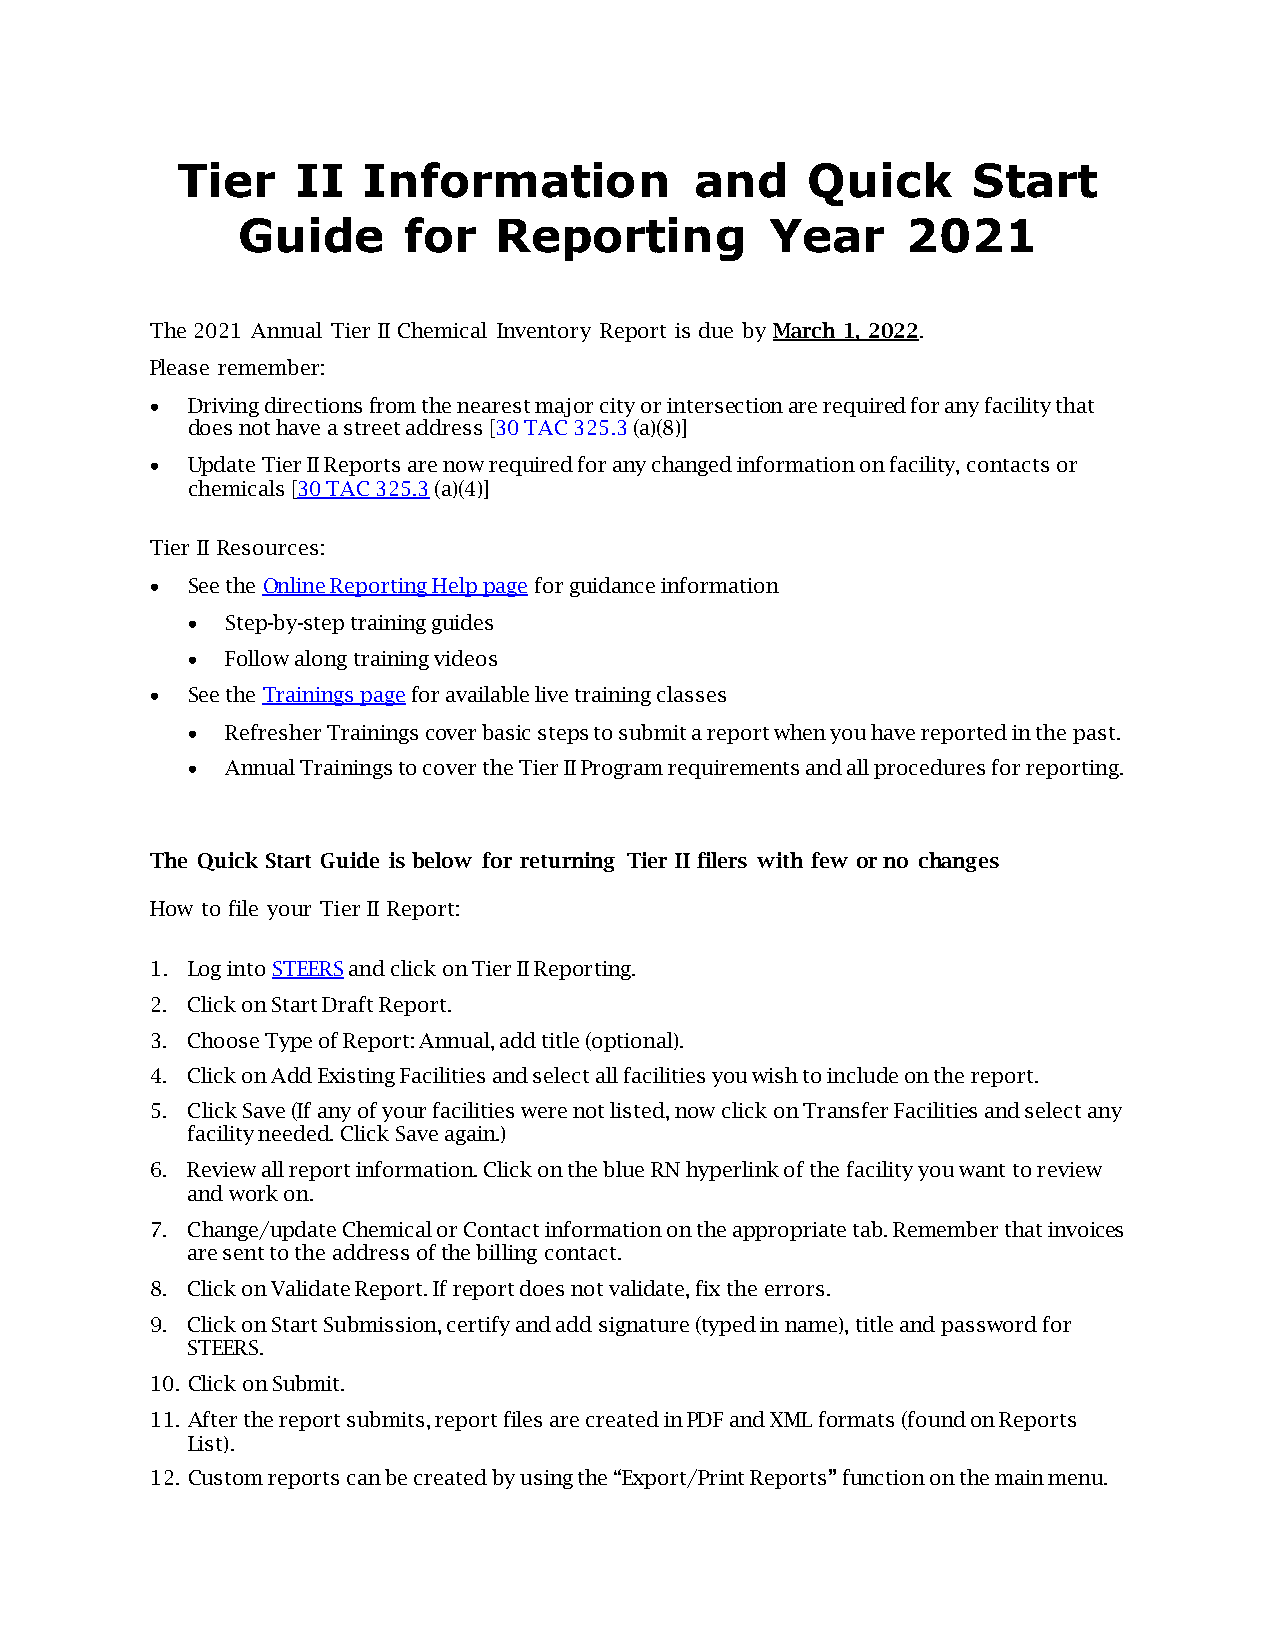
Tier    II  Information           and    Quick      Start
 Guide      for   Reporting         Year     2021
 The 2021 Annual Tier II Chemical Inventory Report is due by March 1, 2022.
 Please remember:
 • Driving directions from the nearest major city or intersection are required for any facility that
 does not have a street address [30 TAC 325.3 (a)(8)]
 • Update Tier II Reports are now required for any changed information on facility, contacts or
 chemicals [30 TAC 325.3 (a)(4)]
 Tier II Resources:
 • See the Online Reporting Help page for guidance information
 •  Step-by-step training guides
 •  Follow along training videos
 • See the Trainings page for available live training classes
 •  Refresher Trainings cover basic steps to submit a report when you have reported in the past.
 •  Annual Trainings to cover the Tier II Program requirements and all procedures for reporting.
 The Quick Start Guide is below for returning Tier II filers with few or no changes
 How to file your Tier II Report:
 1. Log into STEERS and click on Tier II Reporting.
 2. Click on Start Draft Report.
 3. Choose Type of Report: Annual, add title (optional).
 4. Click on Add Existing Facilities and select all facilities you wish to include on the report.
 5. Click Save (If any of your facilities were not listed, now click on Transfer Facilities and select any
 facility needed. Click Save again.)
 6. Review all report information. Click on the blue RN hyperlink of the facility you want to review
 and work on.
 7. Change/update Chemical or Contact information on the appropriate tab. Remember that invoices
 are sent to the address of the billing contact.
 8. Click on Validate Report. If report does not validate, fix the errors.
 9. Click on Start Submission, certify and add signature (typed in name), title and password for
 STEERS.
 10. Click on Submit.
 11. After the report submits, report files are created in PDF and XML formats (found on Reports
 List).
 12. Custom reports can be created by using the “Export/Print Reports” function on the main menu.